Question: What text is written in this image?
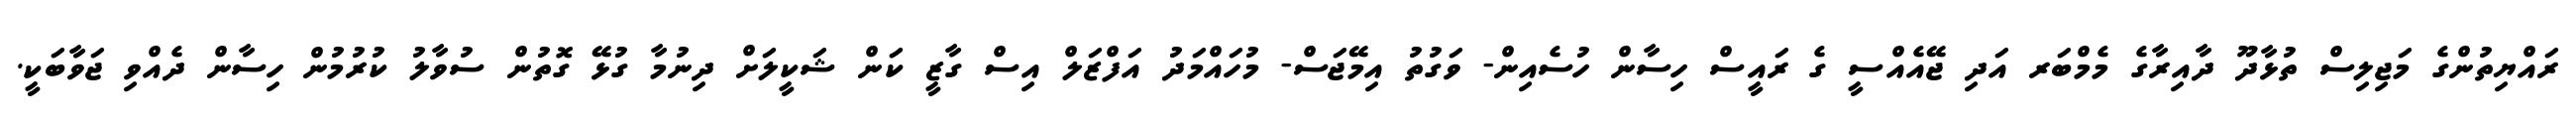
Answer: ރައްޔިތުންގެ މަޖިލިސް ތުޅާދޫ ދާއިރާގެ މެމްބަރ އަދި ޖޭއެއްސީ ގެ ރައީސް ހިސާން ހުސެއިން- ވަގުތު އިމޭޖަސް- މުހައްމަދު އަފްޒަލް އިސް ގާޒީ ކަން ޝަކީލަށް ދިނުމާ ގުޅޭ ގޮތުން ސުވާލު ކުރުމުން ހިސާން ދެއްވި ޖަވާބަކީ.